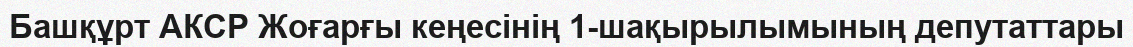
Башқұрт АКСР Жоғарғы кеңесінің 1-шақырылымының депутаттары